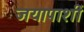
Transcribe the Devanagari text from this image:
जयापाशीं